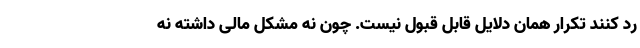
رد کنند تکرار همان دلایل قابل قبول نیست. چون نه مشکل مالی داشته نه